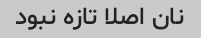
نان اصلا تازه نبود